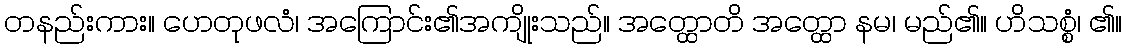
တနည်းကား။ ဟေတုဖလံ၊ အကြောင်း၏အကျိုးသည်။ အတ္ထောတိ အတ္ထော နမ၊ မည်၏။ ဟိသစ္စံ၊ ၏။